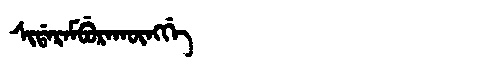
Manchu: ᠰᡳᡩᠠᡵᠠᠮᠪᡠᡵᠠᡴᡡᠩᡤᡝ
Romanization: SIDARAMBURAKŪNGGE